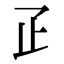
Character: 𤴔